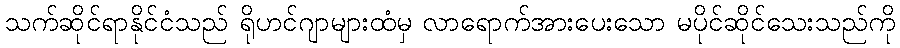
သက်ဆိုင်ရာနိုင်ငံသည် ရိုဟင်ဂျာများထံမှ လာရောက်အားပေးသော မပိုင်ဆိုင်သေးသည်ကို